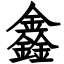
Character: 鑫